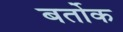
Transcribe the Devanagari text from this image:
बर्तोक